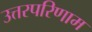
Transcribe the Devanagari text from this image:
उत्तरपरिणाम